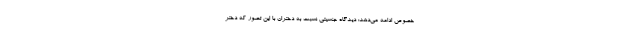
خصوص ادامه می‌دهد: دیدگاه جنسیتی نسبت به دختران با این تصور که دختر